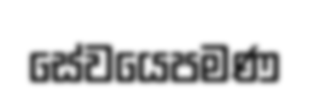
සේවයෙපමණ